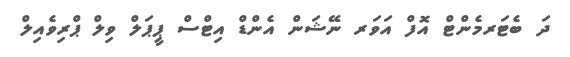
ދަ ބެޓަރމެންޓް އޮފް އަވަރ ނޭޝަން އެންޑް އިޓްސް ޕީޕަލް ވިލް ޕްރިވެއިލް